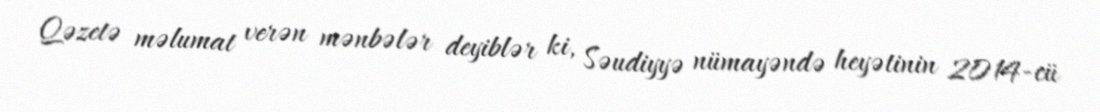
Qəzetə məlumat verən mənbələr deyiblər ki, Səudiyyə nümayəndə heyətinin 2014-cü